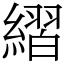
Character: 䌌